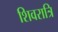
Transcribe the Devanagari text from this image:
शिवरात्रि